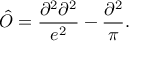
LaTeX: \hat { O } = \frac { \partial ^ { 2 } \partial ^ { 2 } } { e ^ { 2 } } - \frac { \partial ^ { 2 } } { \pi } .